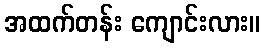
အထက်တန်း ကျောင်းလား။